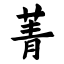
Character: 菁